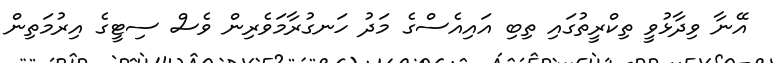
އޭނާ ވިދާޅުވީ ތިކްރީތުގައި ތިބި އައިއެސްގެ މަދު ހަނގުރާމަވެރިން ވެސް ސިޓީގެ އިރުމަތިން